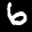
Label: 6